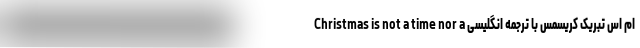
ام اس تبریک کریسمس با ترجمه انگلیسی Christmas is not a time nor a